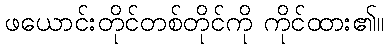
ဖယောင်းတိုင်တစ်တိုင်ကို ကိုင်ထား၏။